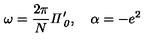
\omega = \frac { 2 \pi } { N } { \it \Pi } _ { { \it 0 } } ^ { \prime } , \quad \alpha = - e ^ { 2 }